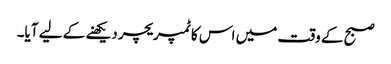
صبح کے وقت میں اس کا ٹمپریچر دیکھنے کے لیے آیا۔